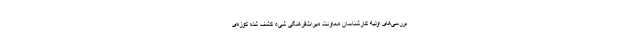
بررسی‌های اولیه کارشناسان معاونت میراث‌فرهنگی شیء کشف شده کوزه‌ای